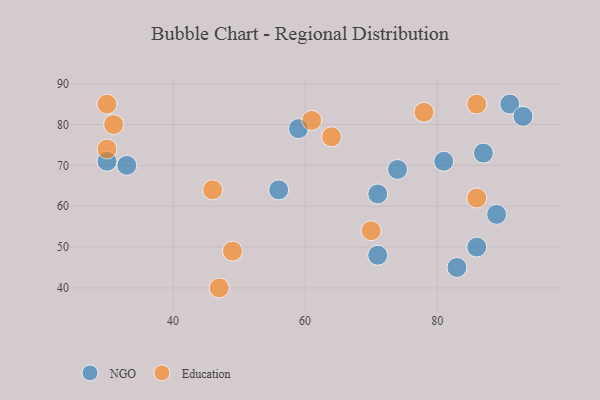
{"axis": {"x": "GDP", "y": "Life Expectancy"}, "legend": ["Education", "NGO"], "data": [{"x": "71", "y": 63, "type": "NGO"}, {"x": "74", "y": 69, "type": "NGO"}, {"x": "91", "y": 85, "type": "NGO"}, {"x": "59", "y": 79, "type": "NGO"}, {"x": "87", "y": 73, "type": "NGO"}, {"x": "86", "y": 50, "type": "NGO"}, {"x": "83", "y": 45, "type": "NGO"}, {"x": "81", "y": 71, "type": "NGO"}, {"x": "89", "y": 58, "type": "NGO"}, {"x": "30", "y": 71, "type": "NGO"}, {"x": "56", "y": 64, "type": "NGO"}, {"x": "33", "y": 70, "type": "NGO"}, {"x": "71", "y": 48, "type": "NGO"}, {"x": "93", "y": 82, "type": "NGO"}, {"x": "31", "y": 80, "type": "Education"}, {"x": "86", "y": 85, "type": "Education"}, {"x": "49", "y": 49, "type": "Education"}, {"x": "61", "y": 81, "type": "Education"}, {"x": "46", "y": 64, "type": "Education"}, {"x": "78", "y": 83, "type": "Education"}, {"x": "30", "y": 85, "type": "Education"}, {"x": "86", "y": 62, "type": "Education"}, {"x": "70", "y": 54, "type": "Education"}, {"x": "47", "y": 40, "type": "Education"}, {"x": "64", "y": 77, "type": "Education"}, {"x": "30", "y": 74, "type": "Education"}]}